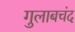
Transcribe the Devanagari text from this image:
गुलाबचंद